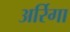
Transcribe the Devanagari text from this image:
अर्रिगा